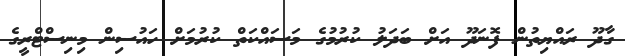
ގާދޫ ރައްޔިތުން ފޮނަދޫ އަށް ބަދަލު ކުރުމުގެ މަސައްކަތް ކުރުމަށް ހައުސިން މިނިސްޓްރީގެ